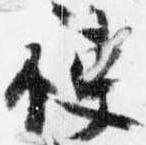
使